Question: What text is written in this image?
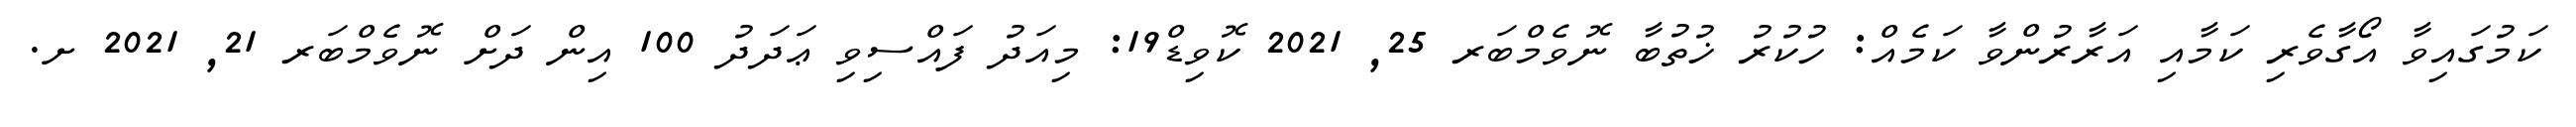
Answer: ކަމުގައިވާ އޯގާވެރި ކަމާއި އަރާރުންވާ ކަމެއް: ހުކުރު ޚުތުބާ ނޮވެމްބަރ 25, 2021 ކޮވިޑް19: މިއަދު ފައްސިވި ޢަދަދު 100 އިން ދަށް ނޮވެމްބަރ 21, 2021 ށ.